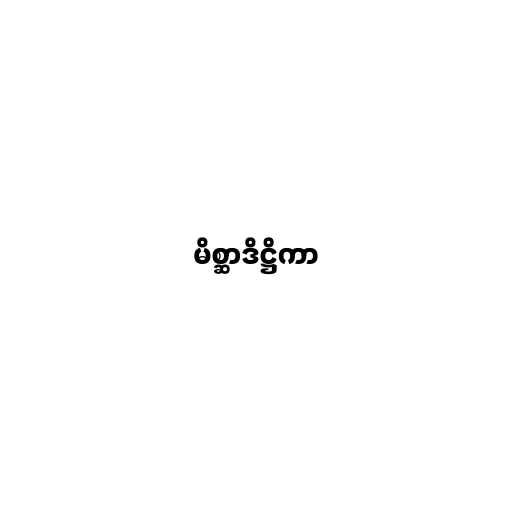
မိစ္ဆာဒိဋ္ဌိကာ